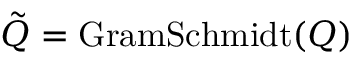
\tilde { Q } = \mathrm { G r a m S c h m i d t } ( Q )